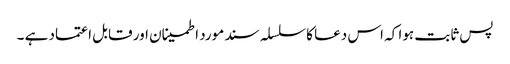
پس ثابت ہوا کہ اس دعا کا سلسلہ سند مورد اطمینان اور قابل اعتماد ہے ۔